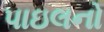
પાઇલનો